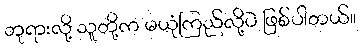
ဘုရားလို့ သူတို့က မယုံကြည်လို့ပဲ ဖြစ်ပါတယ်။